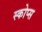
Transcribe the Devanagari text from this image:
स्कोप्स